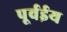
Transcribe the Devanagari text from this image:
पूर्वईय